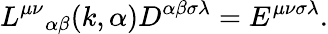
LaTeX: {L^{\mu\nu}}_{\alpha\beta}(k,\alpha)D^{\alpha\beta\sigma\lambda}=E^{\mu\nu\sigma\lambda}.